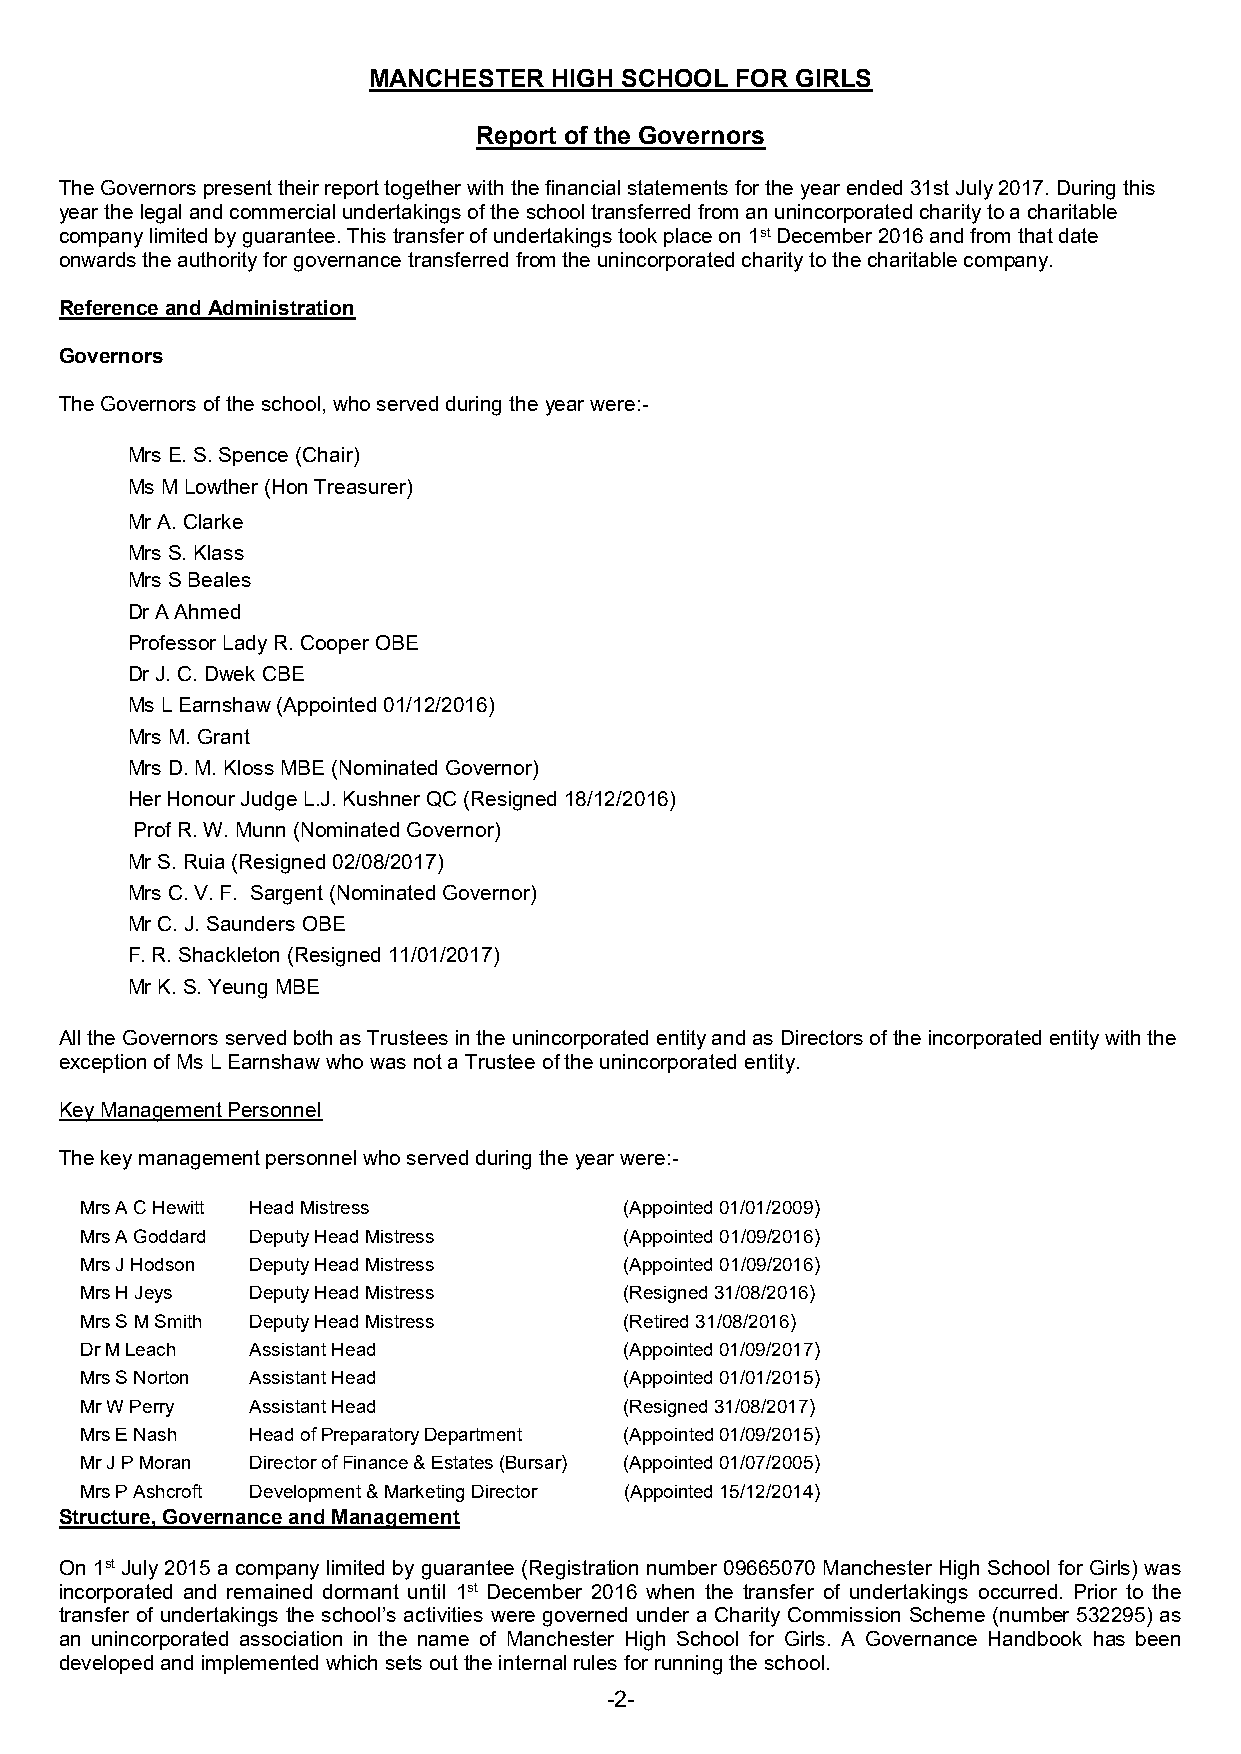
MANCHESTER   HIGH SCHOOL FOR GIRLS
 Report of the Governors
 The Governors present their report together with the financial statements for the year ended 31st July 2017. During this
 year the legal and commercial undertakings of the school transferred from an unincorporated charity to a charitable
 company limited by guarantee. This transfer of undertakings took place on 1st December 2016 and from that date
 onwards the authority for governance transferred from the unincorporated charity to the charitable company.
 Reference and Administration
 Governors
 The Governors of the school, who served during the year were:-
 Mrs E. S. Spence (Chair)
 Ms M Lowther (Hon Treasurer)
 Mr A. Clarke
 Mrs S. Klass
 Mrs S Beales
 Dr A Ahmed
 Professor Lady R. Cooper OBE
 Dr J. C. Dwek CBE
 Ms L Earnshaw (Appointed 01/12/2016)
 Mrs M. Grant
 Mrs D. M. Kloss MBE (Nominated Governor)
 Her Honour Judge L.J. Kushner QC (Resigned 18/12/2016)
 Prof R. W. Munn (Nominated Governor)
 Mr S. Ruia (Resigned 02/08/2017)
 Mrs C. V. F. Sargent (Nominated Governor)
 Mr C. J. Saunders OBE
 F. R. Shackleton (Resigned 11/01/2017)
 Mr K. S. Yeung MBE
 All the Governors served both as Trustees in the unincorporated entity and as Directors of the incorporated entity with the
 exception of Ms L Earnshaw who was not a Trustee of the unincorporated entity.
 Key Management Personnel
 The key management personnel who served during the year were:-
 Mrs A C Hewitt Head Mistress        (Appointed 01/01/2009)
 Mrs A Goddard Deputy Head Mistress  (Appointed 01/09/2016)
 Mrs J Hodson Deputy Head Mistress   (Appointed 01/09/2016)
 Mrs H Jeys  Deputy Head Mistress    (Resigned 31/08/2016)
 Mrs S M Smith Deputy Head Mistress  (Retired 31/08/2016)
 Dr M Leach  Assistant Head          (Appointed 01/09/2017)
 Mrs S Norton Assistant Head         (Appointed 01/01/2015)
 Mr W Perry  Assistant Head          (Resigned 31/08/2017)
 Mrs E Nash  Head of Preparatory Department (Appointed 01/09/2015)
 Mr J P Moran Director of Finance & Estates (Bursar) (Appointed 01/07/2005)
 Mrs P Ashcroft Development & Marketing Director (Appointed 15/12/2014)
 Structure, Governance and Management
 On 1st July 2015 a company limited by guarantee (Registration number 09665070 Manchester High School for Girls) was
 incorporated and remained dormant until 1st December 2016 when the transfer of undertakings occurred. Prior to the
 transfer of undertakings the school’s activities were governed under a Charity Commission Scheme (number 532295) as
 an unincorporated association in the name of Manchester High School for Girls. A Governance Handbook has been
 developed and implemented which sets out the internal rules for running the school.
 -2-